ELKNU_Viljandimaa_Komitee, lk 8
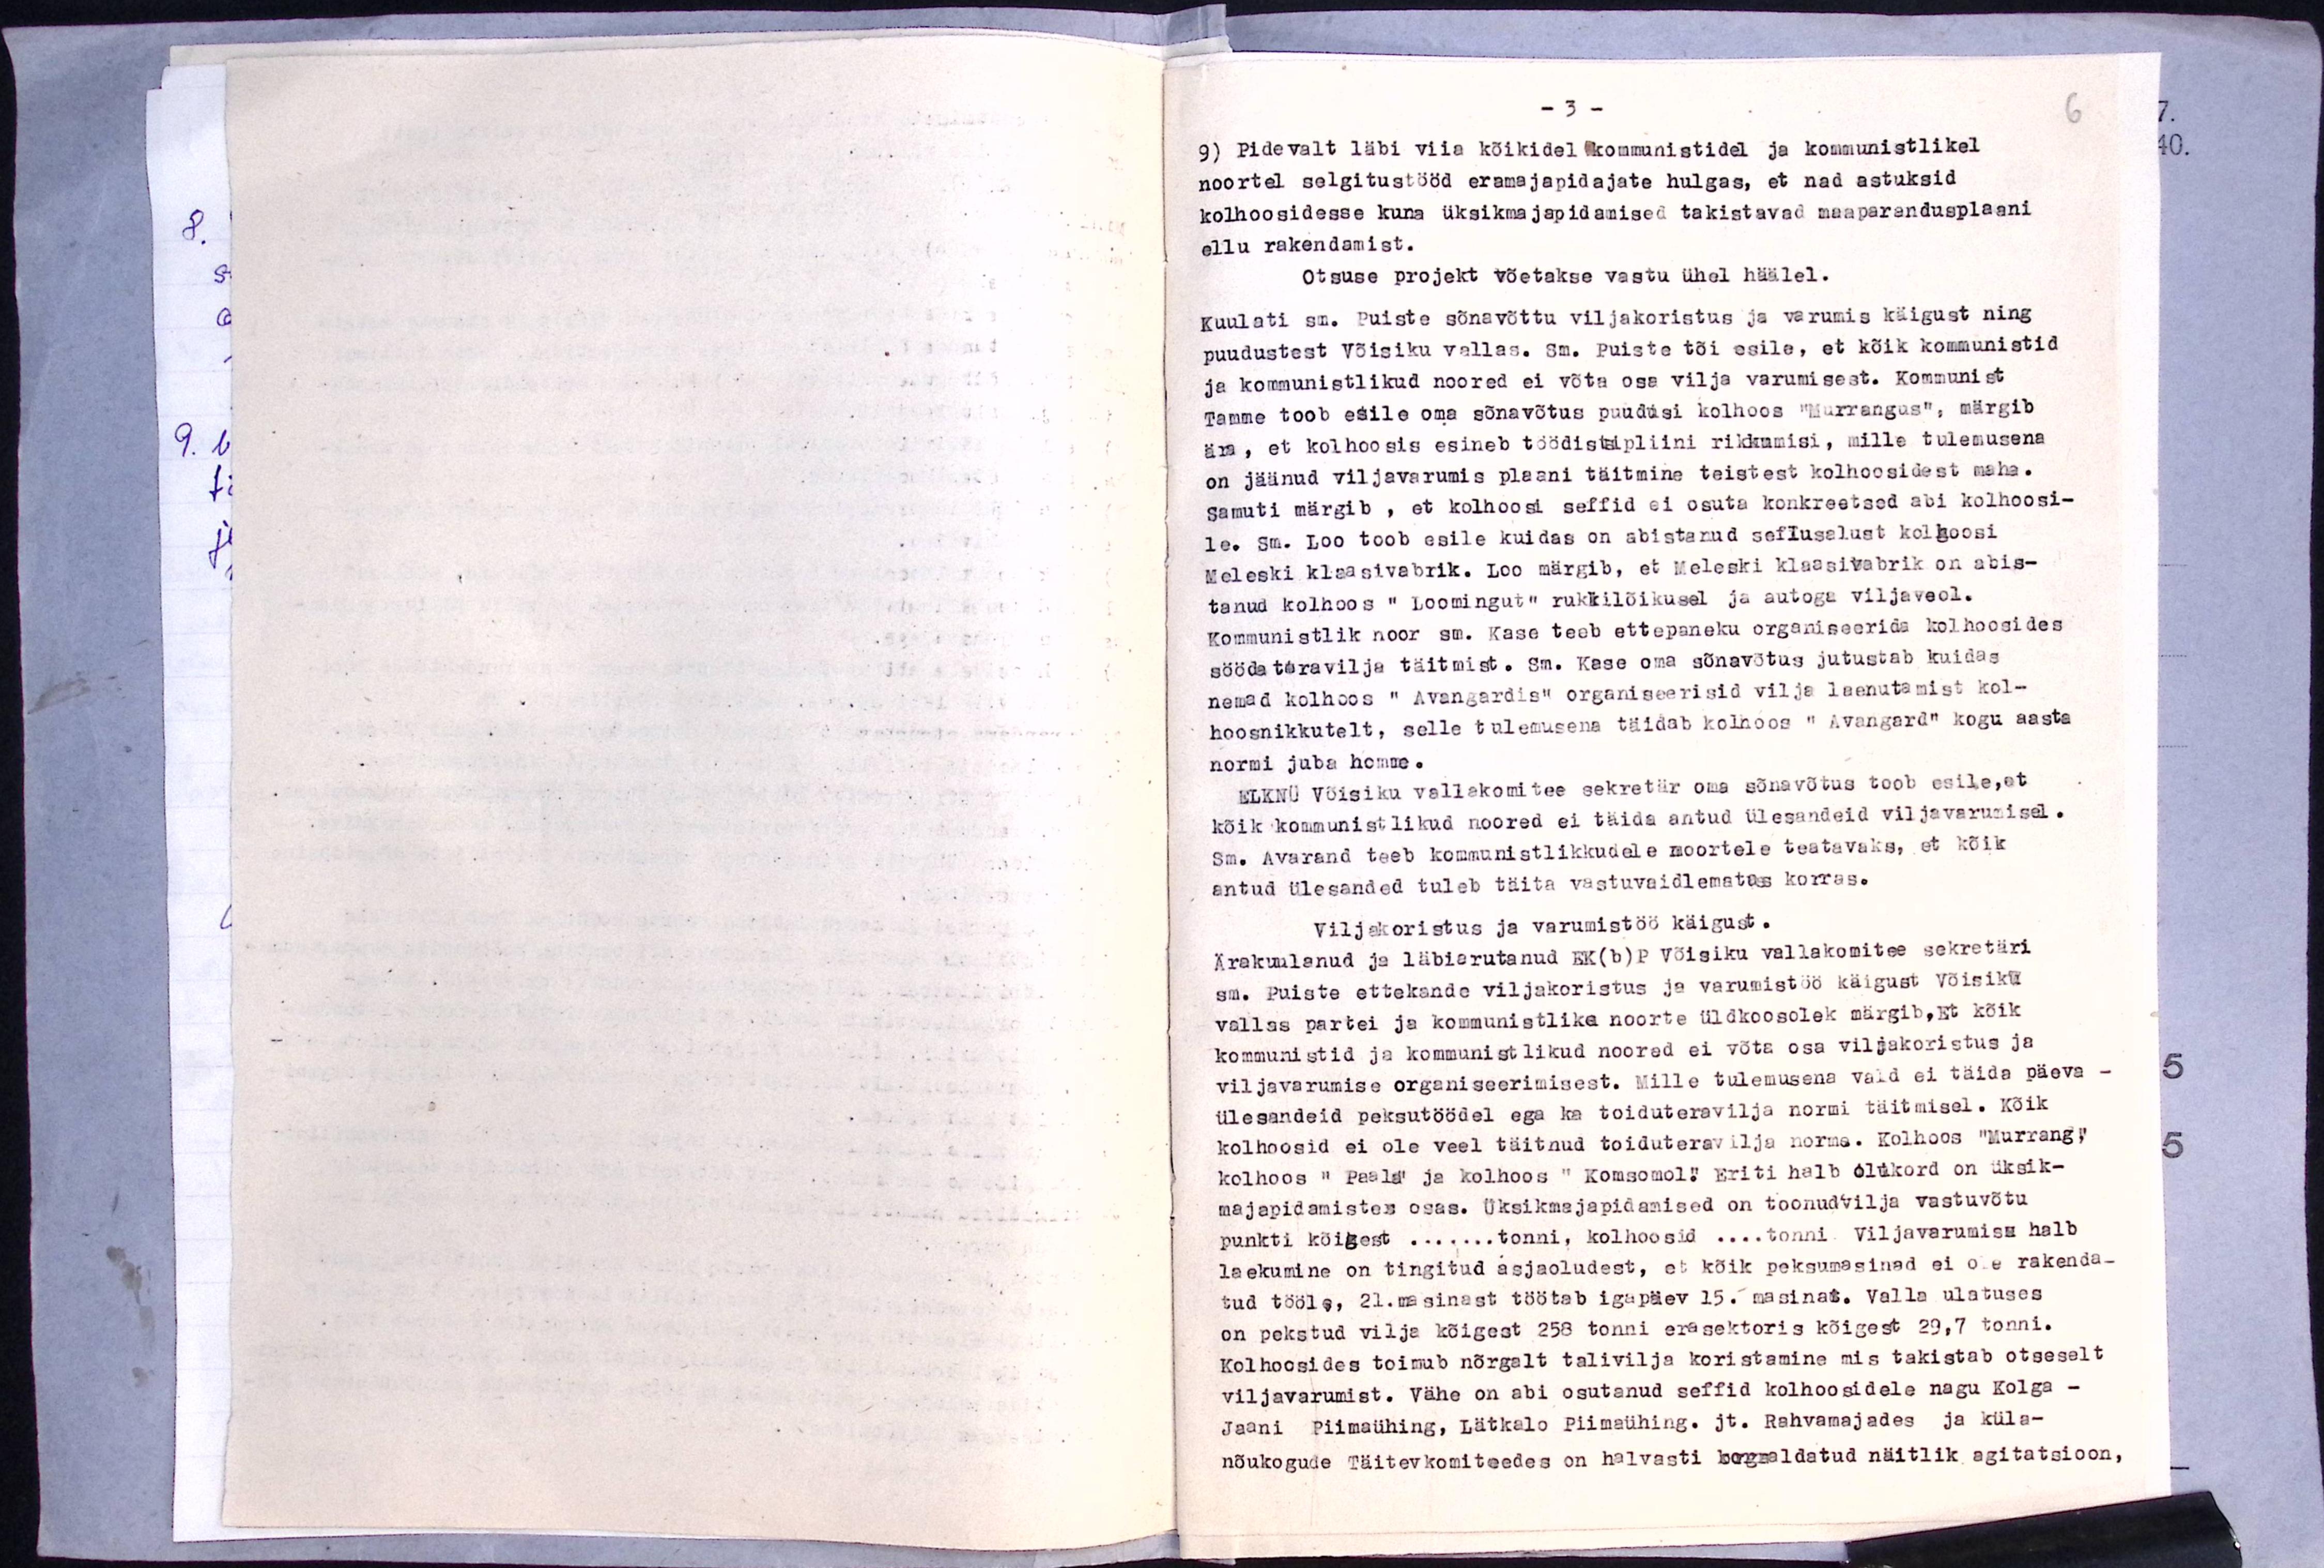
- 3 -
9) Pidevalt läbi viia kõikidel kommunistidel ja kommunistlikel
noortel selgitustööd eramajapidajate hulgas, et nad astuksid
kolhoosidesse kuna üksikmajapidamised takistavad maaparandusplaani
ellu rakendamist.
Otsuse projekt võetakse vastu ühel häälel.
kuulati sm. Puiste sõnavõttu viljakoristus ja varumis käigust ning
puudustest Võisiku vallas. Sm. Puiste tõi esile, et kõik kommunistid
ja kommunistlikud noored ei võta osa vilja varumisest. Kommunist
Tamme toob esile oma sõnavõtus puudusi kolhoos "Murrangus", märgib
ära, et kolhoosis esineb töödistsipiini rikkumisi, mille tulemusena
on jäänud viljavarumis plaani täitmine teistest kolhoosidest maha.
samuti märgib, et kolhoosi seffid ei osuta konkreetsed abi kohoosi-
le. Sm. Loo toob esile kuidas on abistanud seflusalust kolhoosi
Meleski klaasivabrik. Loo märgib, et Meleski klaasivabrik on abis-
tanud kolhoos "Loomingut" rukkilõikusel ja autoga viljaveol.
Kommunistlik noor sm. Kase teeb ettepaneku organiseerida kolhoosides
söödateravilja täitmist. Sm. Kase oma sõnavõtus jutustab kuidas
nemad kolhoos "Avangardis" organiseerisid vilja laenutamist kol-
hoosnikkutelt, selle tulemusena täidab kolhoos "Avangard" kogu aasta
normi juba homme.
ELKNÜ Võisiku vallakomitee sekretär oma sõnavõtus toob esile, et
kõik kommunistlikud noored ei täida antud ülesandeid viljavarumisel.
Sm. Avarand teeb kommunistlikkudele noortele teatavaks, et kõik
antud ülesanded tuleb täita vastuvaidlematus korras.
Viljakoristus ja varumistöö käigust.
Ärakuulanud ja läbiarutanud EK(b)P Võisiku vallakomitee sekretäri
sm. Puiste ettekande viljakoristus ja varumistöö käigust Võisiku
vallas partei ja kommunistlika noorte üldkoosolek märgib, Et kõik
kommunistid ja kommunistlikud noored ei võta osa viljakoristus ja
viljavarumise organiseerimisest. Mille tulemusena vald ei täida päeva-
ülesandeid peksutöödel ega ka toiduteravilja normi täitmisel. Kõik
kolhoosid ei ole veel täitnud toiduterawilja norme. Kolhoos "Murrang"
kolhoos "Paala" ja kolhoos "Komsomol." Eriti halb olukord on üksik-
majapidamistes osas. Üksikmajapidamised on toonud vilja vastuvõtu
punkti kõigest........tonni, kolhoosid.... tonni Viljavarumise halb
laekumine on tingitud asjaoludest, et kõik peksumasinad ei ole rakenda-
tud tööle, 21.masinast töötab igapäev 15. masinat. Valla ulatuses
on pekstud vilja kõigest 258 tonni erasektoris kõigest 29,7 tonni.
Kolhoosides toimub nõrgalt talivilja koristamine mis takistab otseselt
viljavarumist. Vähe on abi osutanud seffid kolhoosidele nagu Kolga -
Jaani Piimaühing, Lätkalo piimaühing. jt. Rahvamajades ja küla-
nõukogude Täitevkomiteedes on halvasti korraldatud näitlik agitatsioon,